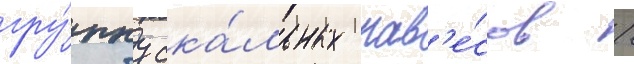
гру́ппу ска́льных нав'е́сов /